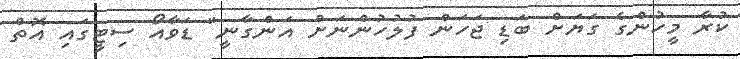
ކުރާ މީހުންގެ ގަޔަށް ބަޑި ޖަހަން ފުލުހުންނަށް އަންގާނީ" ޑަވާއޯ ސިޓީގައި އޮތް